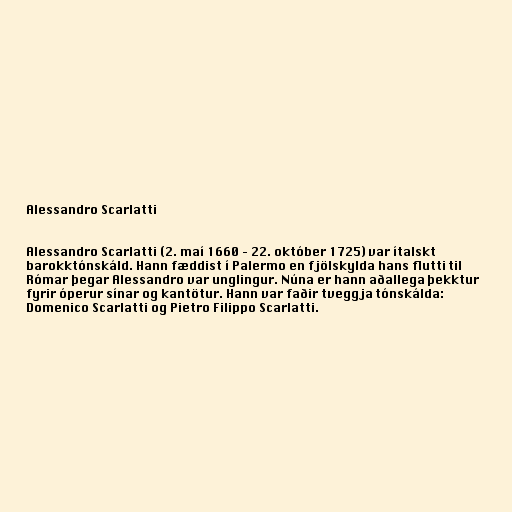
Alessandro Scarlatti

Alessandro Scarlatti (2. maí 1660 – 22. október 1725) var ítalskt
barokktónskáld. Hann fæddist í Palermo en fjölskylda hans flutti til
Rómar þegar Alessandro var unglingur. Núna er hann aðallega þekktur
fyrir óperur sínar og kantötur. Hann var faðir tveggja tónskálda:
Domenico Scarlatti og Pietro Filippo Scarlatti.